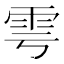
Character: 雩